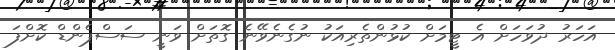
އަހަރު ދުވަހަށް އެ ޓީމަށް ކުޅުންތެރިއަކު ނުގެނެވޭނެ ގޮތަށް ވަނީ ސަސްޕެންޑް ކޮށްފަ